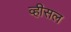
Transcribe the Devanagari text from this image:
व्हीसल